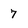
Character: 7